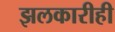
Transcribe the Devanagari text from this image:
झलकारीही